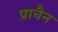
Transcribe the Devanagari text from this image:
प्राचैन